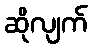
ဆိုလျက်